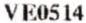
VE0514